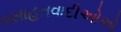
વસાહતવાદીઓએ